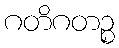
ဂတိဂတဉ္စ